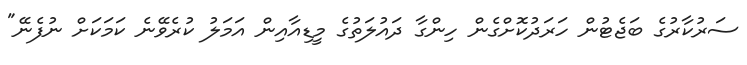
ސަރުކާރުގެ ބަޖެޓުން ހަރަދުކޮށްގެން ހިންގާ ދައުލަތުގެ މީޑިއާއިން އަމަލު ކުރެވޭނެ ކަމަކަށް ނުފެނޭ"